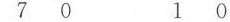
7 0 1 0